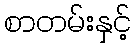
စာတမ်းနှင့်